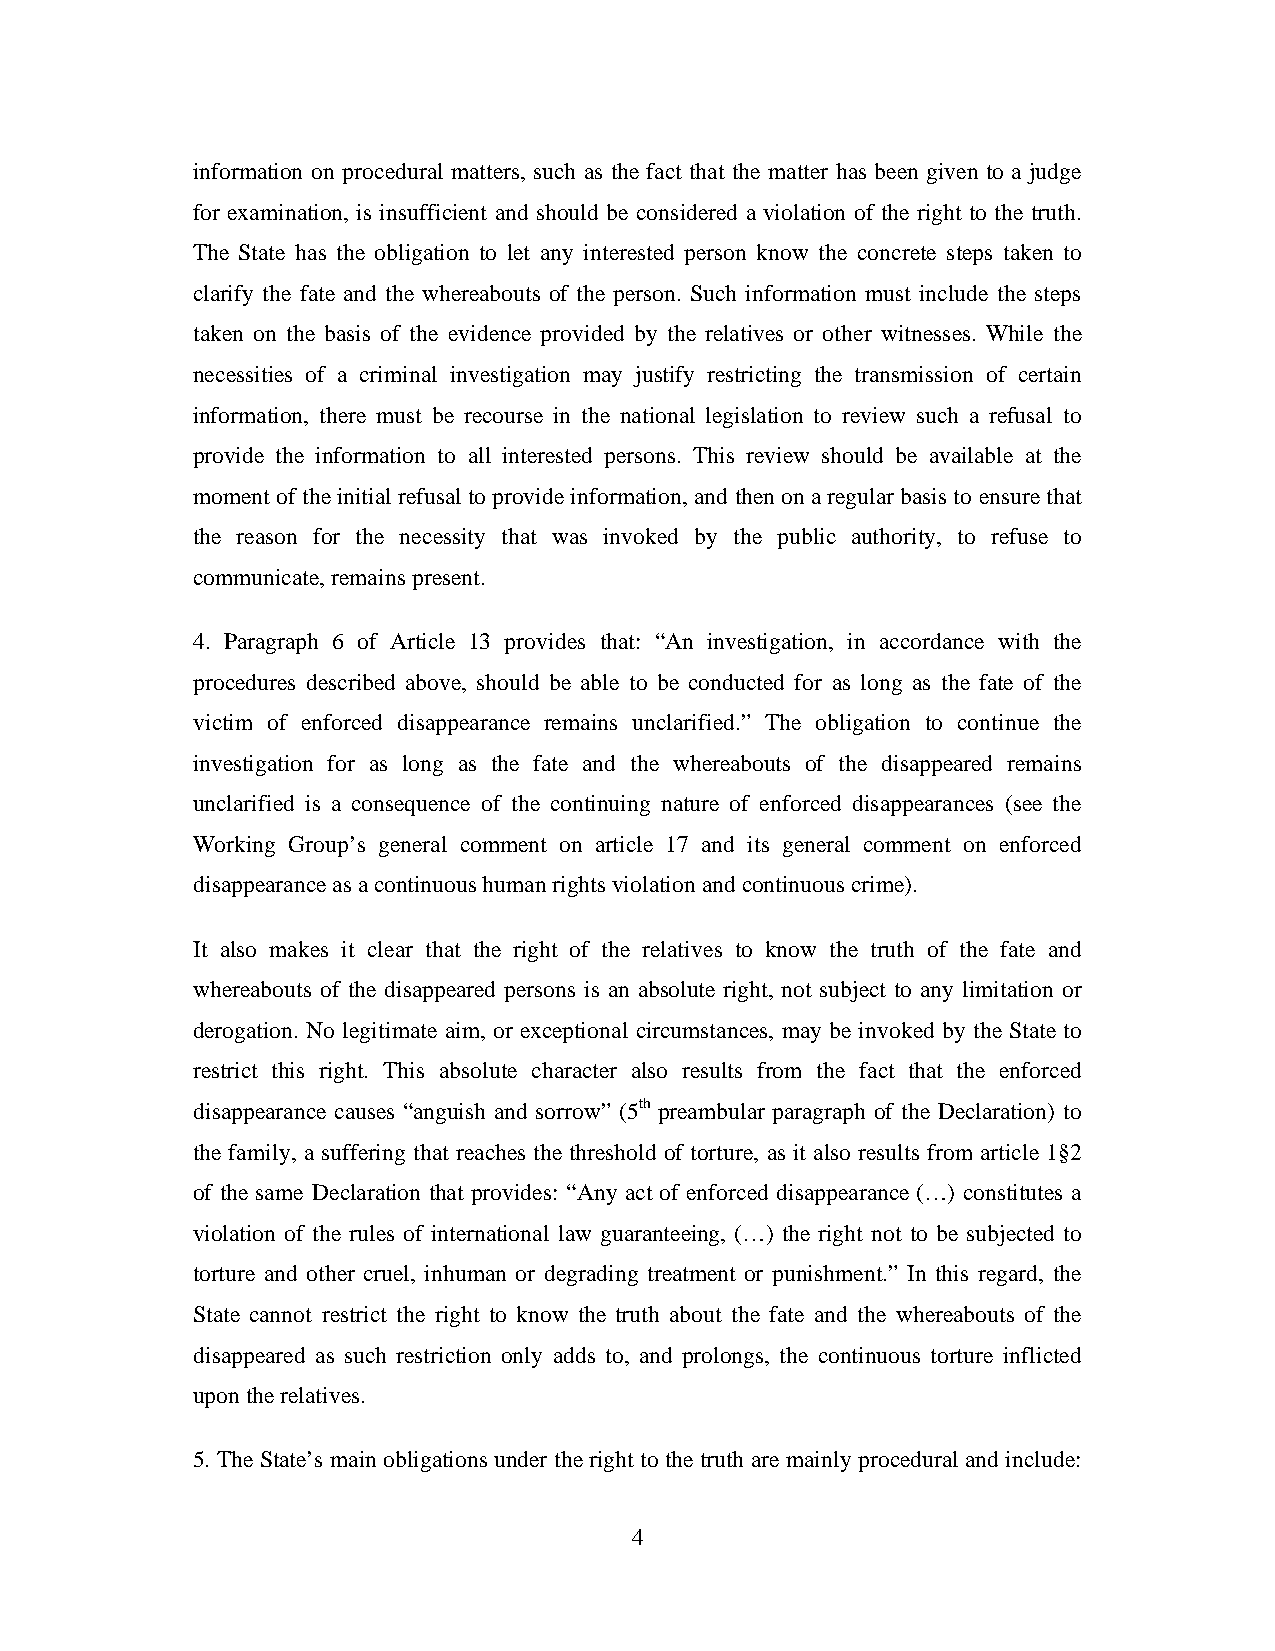
information on procedural matters, such as the fact that the matter has been given to a judge
 for examination, is insufficient and should be considered a violation of the right to the truth.
 The State has the obligation to let any interested person know the concrete steps taken to
 clarify the fate and the whereabouts of the person. Such information must include the steps
 taken on the basis of the evidence provided by the relatives or other witnesses. While the
 necessities of a criminal investigation may justify restricting the transmission of certain
 information, there must be recourse in the national legislation to review such a refusal to
 provide the information to all interested persons. This review should be available at the
 moment of the initial refusal to provide information, and then on a regular basis to ensure that
 the reason for the necessity that was invoked by the public authority, to refuse to
 communicate, remains present.
 4. Paragraph 6 of Article 13 provides that: “An investigation, in accordance with the
 procedures described above, should be able to be conducted for as long as the fate of the
 victim of enforced disappearance remains unclarified.” The obligation to continue the
 investigation for as long as the fate and the whereabouts of the disappeared remains
 unclarified is a consequence of the continuing nature of enforced disappearances (see the
 Working Group’s general comment on article 17 and its general comment on enforced
 disappearance as a continuous human rights violation and continuous crime).
 It also makes it clear that the right of the relatives to know the truth of the fate and
 whereabouts of the disappeared persons is an absolute right, not subject to any limitation or
 derogation. No legitimate aim, or exceptional circumstances, may be invoked by the State to
 restrict this right. This absolute character also results from the fact that the enforced
 disappearance causes “anguish and sorrow” (5th preambular paragraph of the Declaration) to
 the family, a suffering that reaches the threshold of torture, as it also results from article 1§2
 of the same Declaration that provides: “Any act of enforced disappearance (…) constitutes a
 violation of the rules of international law guaranteeing, (…) the right not to be subjected to
 torture and other cruel, inhuman or degrading treatment or punishment.” In this regard, the
 State cannot restrict the right to know the truth about the fate and the whereabouts of the
 disappeared as such restriction only adds to, and prolongs, the continuous torture inflicted
 upon the relatives.
 5. The State’s main obligations under the right to the truth are mainly procedural and include:
 4